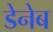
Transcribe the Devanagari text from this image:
डेनेब